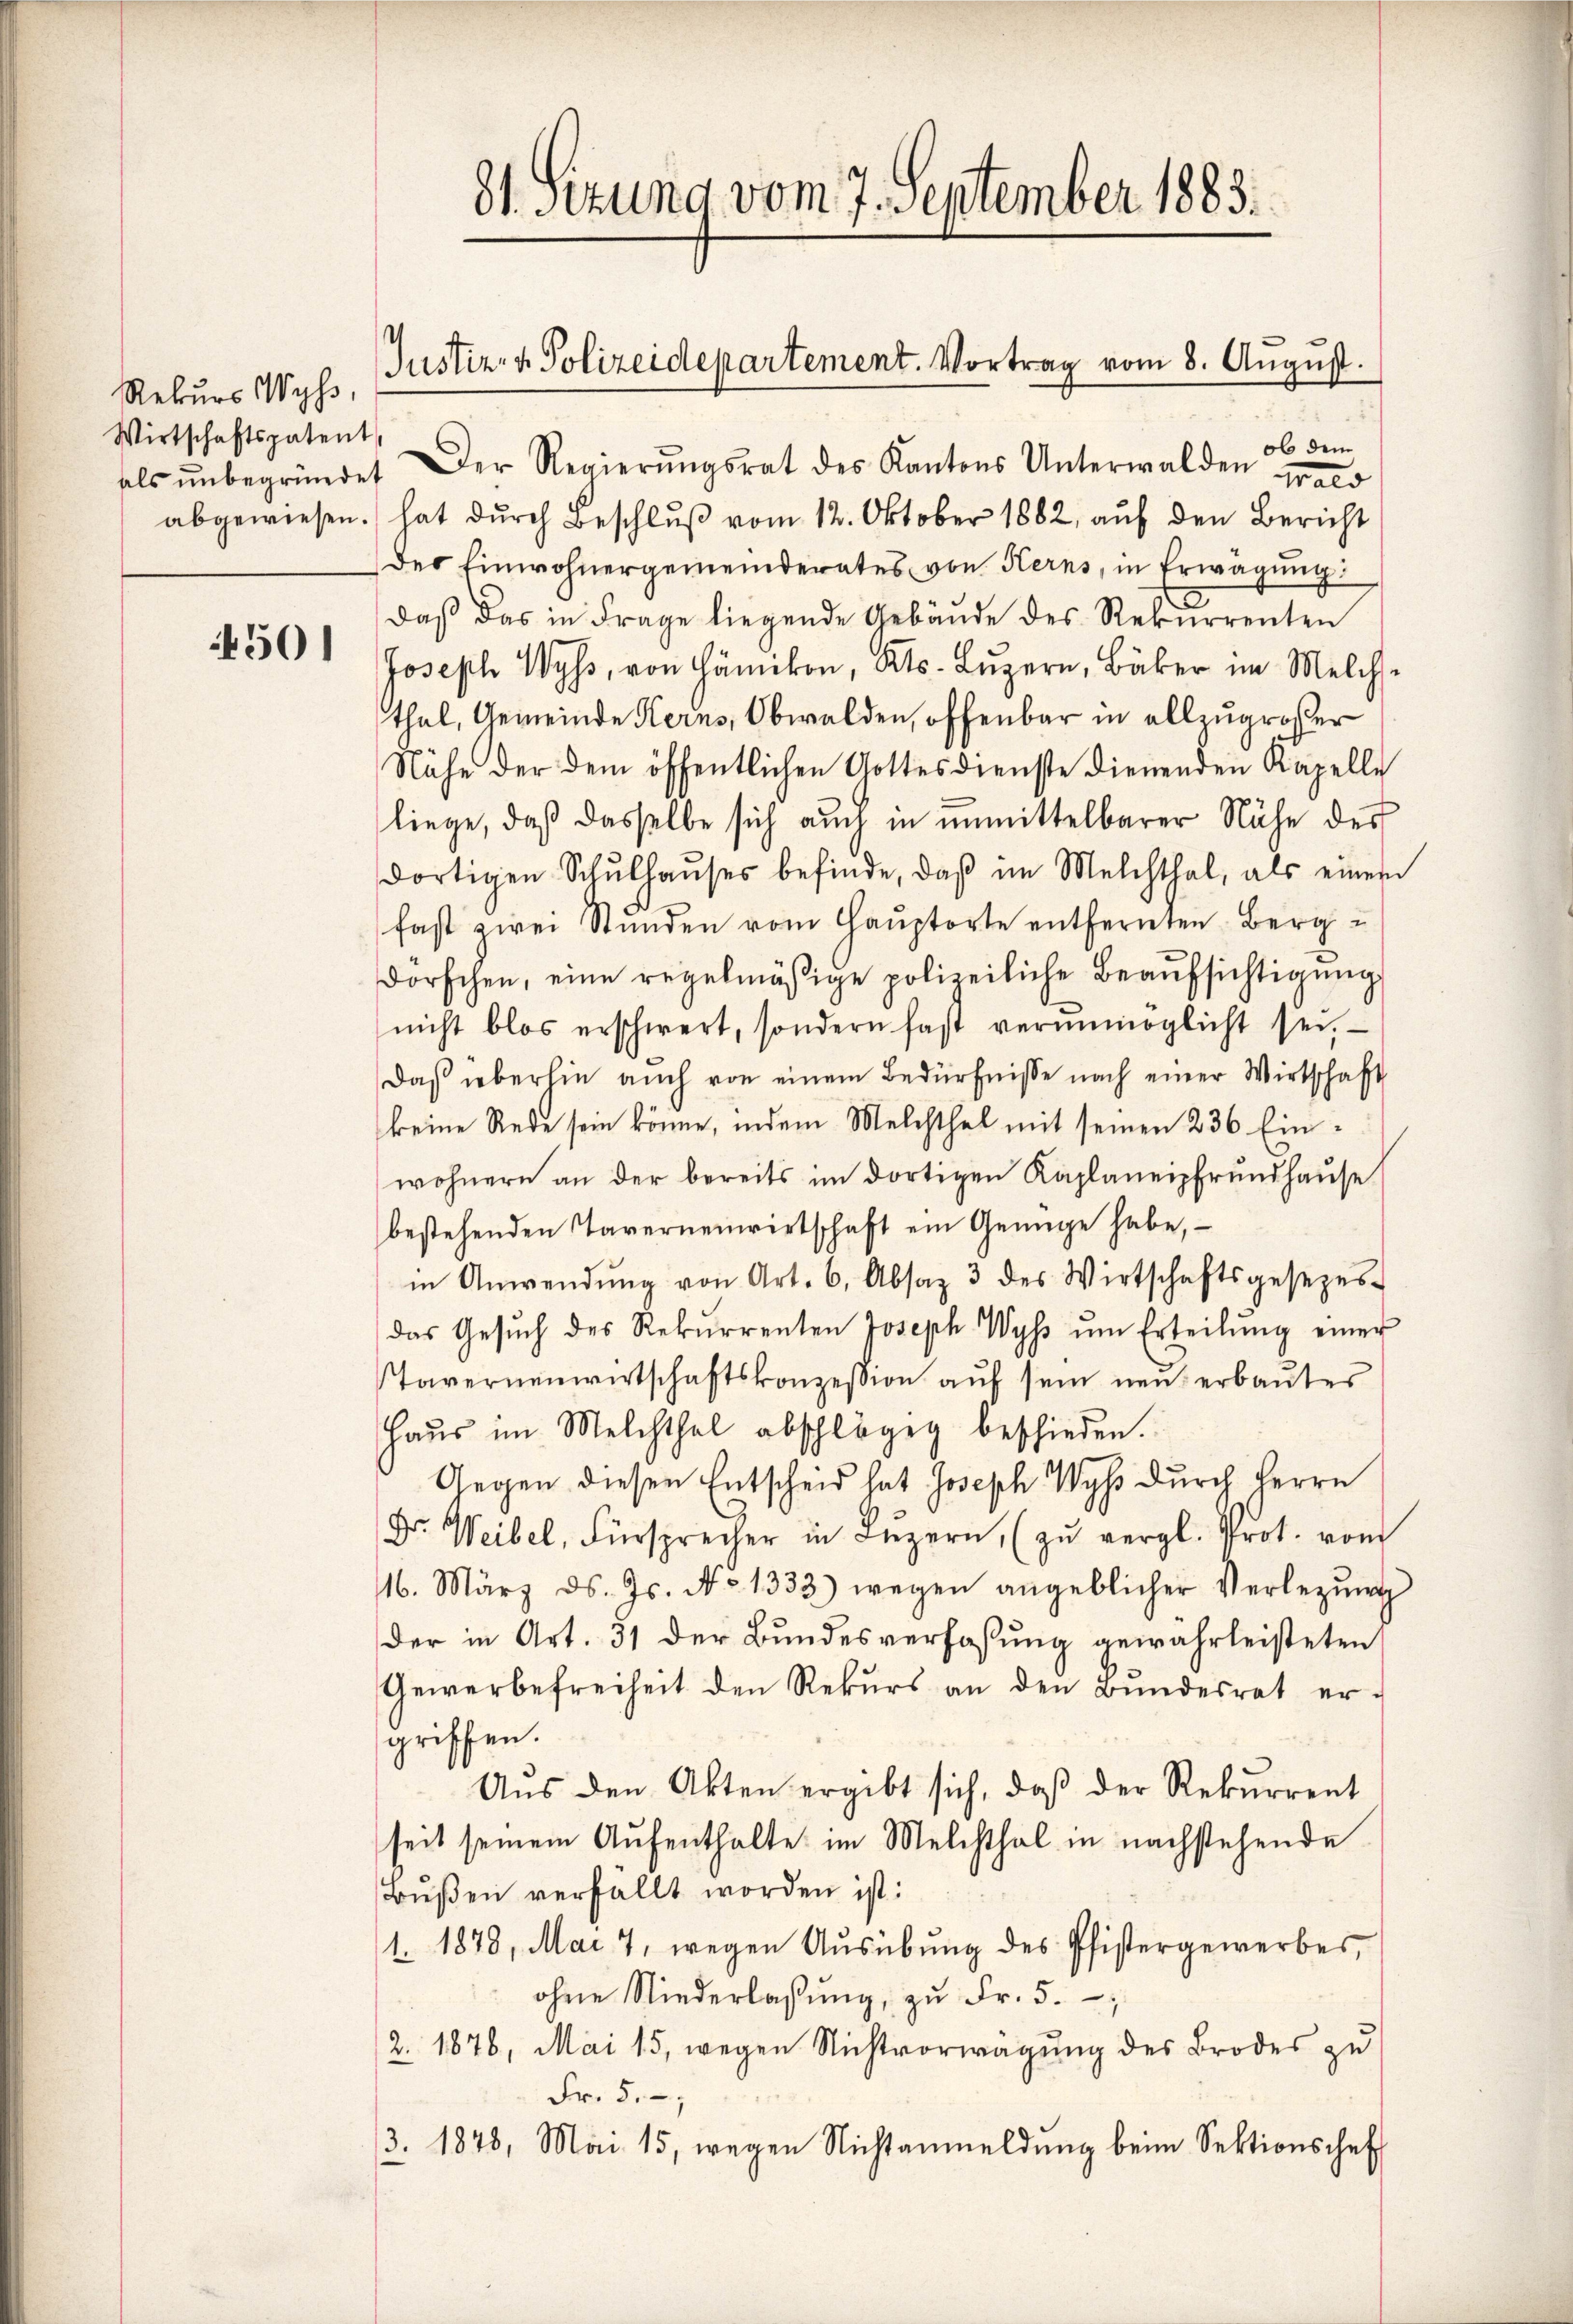
Rekurs Wyss,
Wirtschaftspatent

4501

ob dem
als ŭnbegründet. Der Regierŭngsrat des Kantons Unterwalden wald
abgewiesen.) hat dŭrch Beschlŭβ vom 12. Oktober 1882, aŭf den Bericht
des Einwohnergemeinderates von Kerns, in Erwägung
daβ das in Frage liegende Gebäŭde des Rekurrenten
Joseph Wyss, von Hämikon, Kts. Lŭzern, Bäker im Melche
thal, Gemeinde Kerns, Obwalden, offenbar in allzugroßer
Nähe der dem öffentlichen Gottesdienste dienenden Kapelle
liege, daß dasselbe sich auch in unmittelbarer Nähe des
dortigen Schŭlhaŭses befinde, daβ im Melchthal, als einem
fast zwei Stŭnden vom Haŭptorte entfernten Bergu
dorschen, eine regelmäßige polizeiliche Beaŭfsichtigung
nicht blos erschwert, sondern fast verunmöglicht sei.
Daß überhin auch von einem Bedürfnisse nach einer Wirtschaft
keine Rede sein könne, indem Melchthal mit seinen 236 Einwohnern an der bereits im dortigen Kaplaneipfrundhause
bestehenden Tavernenwirtschaft ein Genüge habe,
in Anwendŭng von Art. 6, Absaz 3 des Wirtschaftsgesezes-
das Gesŭch des Rekurrenten Joseph Wyss ŭm Erteilŭng einer
Tavernenwirtschaftskonzession aŭf sein neu erbautes
Haŭs im Melchthal abschlägig beschieden.
Gegen diesen Entscheid hat Joseph Wyss durch Herrn
Dr. Weibel, Fürsprecher in Lŭzern, (zŭ vergl. Prot. vom
16. März d. Js. No 1333) wegen angeblicher Verlegŭng
der in Art. 51 der Bundesverfaßung gewährleisteten
Gewerbefreiheit den Rekŭrs an den Bŭndesrat er-
griffen.
Aus den Akten ergibt sich, daß der Rekurrent
seit seinem Aŭfenthalte im Melchthal in nachstehende
Bußen verfällt worden ist:
1. 1878, Mai 7, wegen Ausübung des Pfistergewerbes,
ohne Niederlassŭng, zŭ Fr. 5.
2. 1876, Mai 15, wegen Nichtvorwägung des Brodes zu
Fr. 5.
3. 1878, Mai 15, wegen Nichtanmeldung beim Sektionschaft

81. Sizung vom 7. September 1883.

Justiz- & Polizeidepartement. Vortrag vom 8. August.